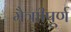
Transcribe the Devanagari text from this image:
मैत्राीपूर्ण